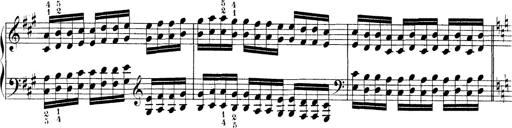
Title: Technische Studien
Composer: Franz Liszt